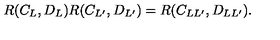
R ( C _ { L } , D _ { L } ) R ( C _ { L ^ { \prime } } , D _ { L ^ { \prime } } ) = R ( C _ { L L ^ { \prime } } , D _ { L L ^ { \prime } } ) .